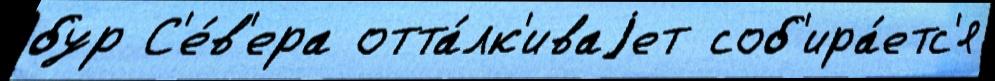
бур С'е́в'ера отта́лк'иваjет соб'ира́етс'я